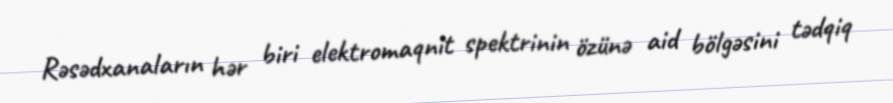
Rəsədxanaların hər biri elektromaqnit spektrinin özünə aid bölgəsini tədqiq